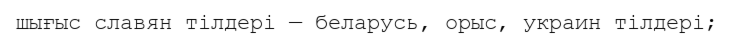
шығыс славян тілдері — беларусь, орыс, украин тілдері;